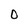
Character: O